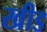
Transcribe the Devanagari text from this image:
खीड